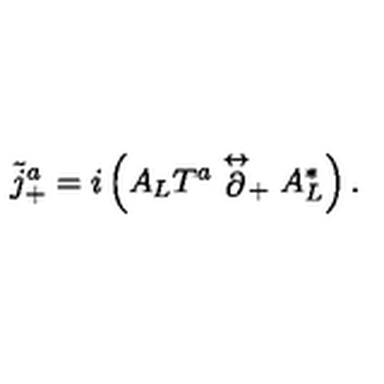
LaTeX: \tilde { j } _ { + } ^ { a } = i \left( A _ { L } T ^ { a } \stackrel { \leftrightarrow } { \partial } _ { + } A _ { L } ^ { * } \right) .